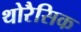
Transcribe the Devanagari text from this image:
थोरैसिक